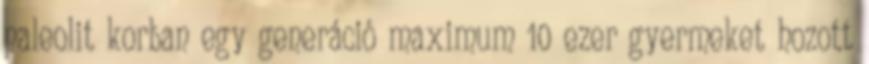
paleolit korban egy generáció maximum 10 ezer gyermeket hozott